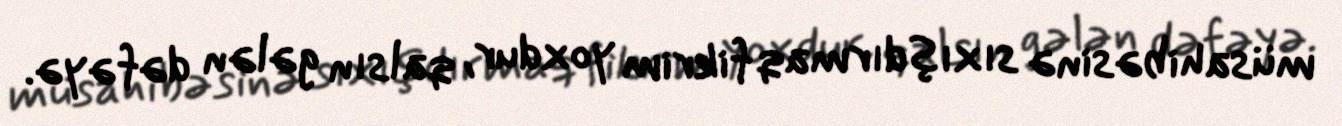
müsahibəsinə sıxışdırmaq fikrim yoxdur, qalsın gələn dəfəyə.